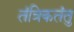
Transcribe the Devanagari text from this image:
तंत्रिकतंतु